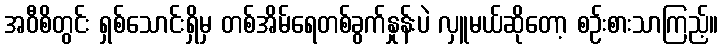
အဝီစိတွင်း ရှစ်သောင်းရှိမှ တစ်အိမ်ရေတစ်ခွက်နှုန်းပဲ လှူမယ်ဆိုတော့ စဉ်းစားသာကြည့်။